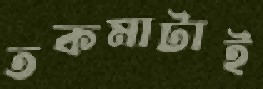
তকমাটাই